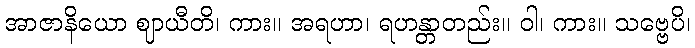
အာဇာနိယော ဈာယီတိ၊ ကား။ အရဟာ၊ ရဟန္တာတည်း။ ဝါ၊ ကား။ သဗ္ဗေပိ၊